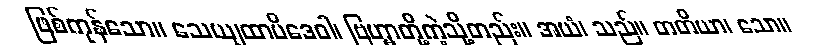
ဖြစ်ကုန်သော။ သေယျထာပိဒေဝါ၊ ဗြဟ္မာတို့ကဲ့သို့တည်း။ အယံ၊ သည်။ တတိယာ၊ သော။